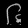
Digit: ၆